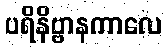
ပရိနိဗ္ဗာနကာလေ